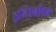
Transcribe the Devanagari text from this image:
इन्जिनीयर